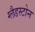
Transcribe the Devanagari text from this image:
ग्‍लैडस्‍टोन